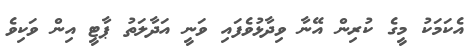
އެކަމަކު މީގެ ކުރިން އޭނާ ވިދާޅުވެފައި ވަނީ އަދާލަތު ޕާޓީ އިން ވަކިވެ